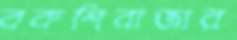
বকশিবাজার